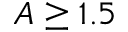
A \geq 1 . 5